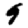
Digit: 9